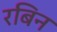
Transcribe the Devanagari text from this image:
रबिन